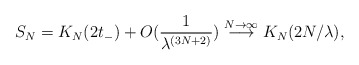
\begin{align*}S_{N}=K_{N}(2t_{-})+O(\frac{1}{\lambda^{(3N+2)}})\stackrel{N\rightarrow\infty}{\longrightarrow}K_{N}(2N/\lambda),\end{align*}